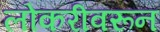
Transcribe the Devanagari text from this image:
लोकरीवरून